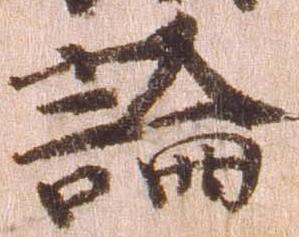
論